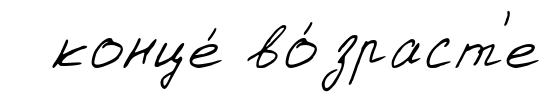
конце́ во́зраст'е